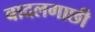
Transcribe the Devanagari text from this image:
बादलगाछी